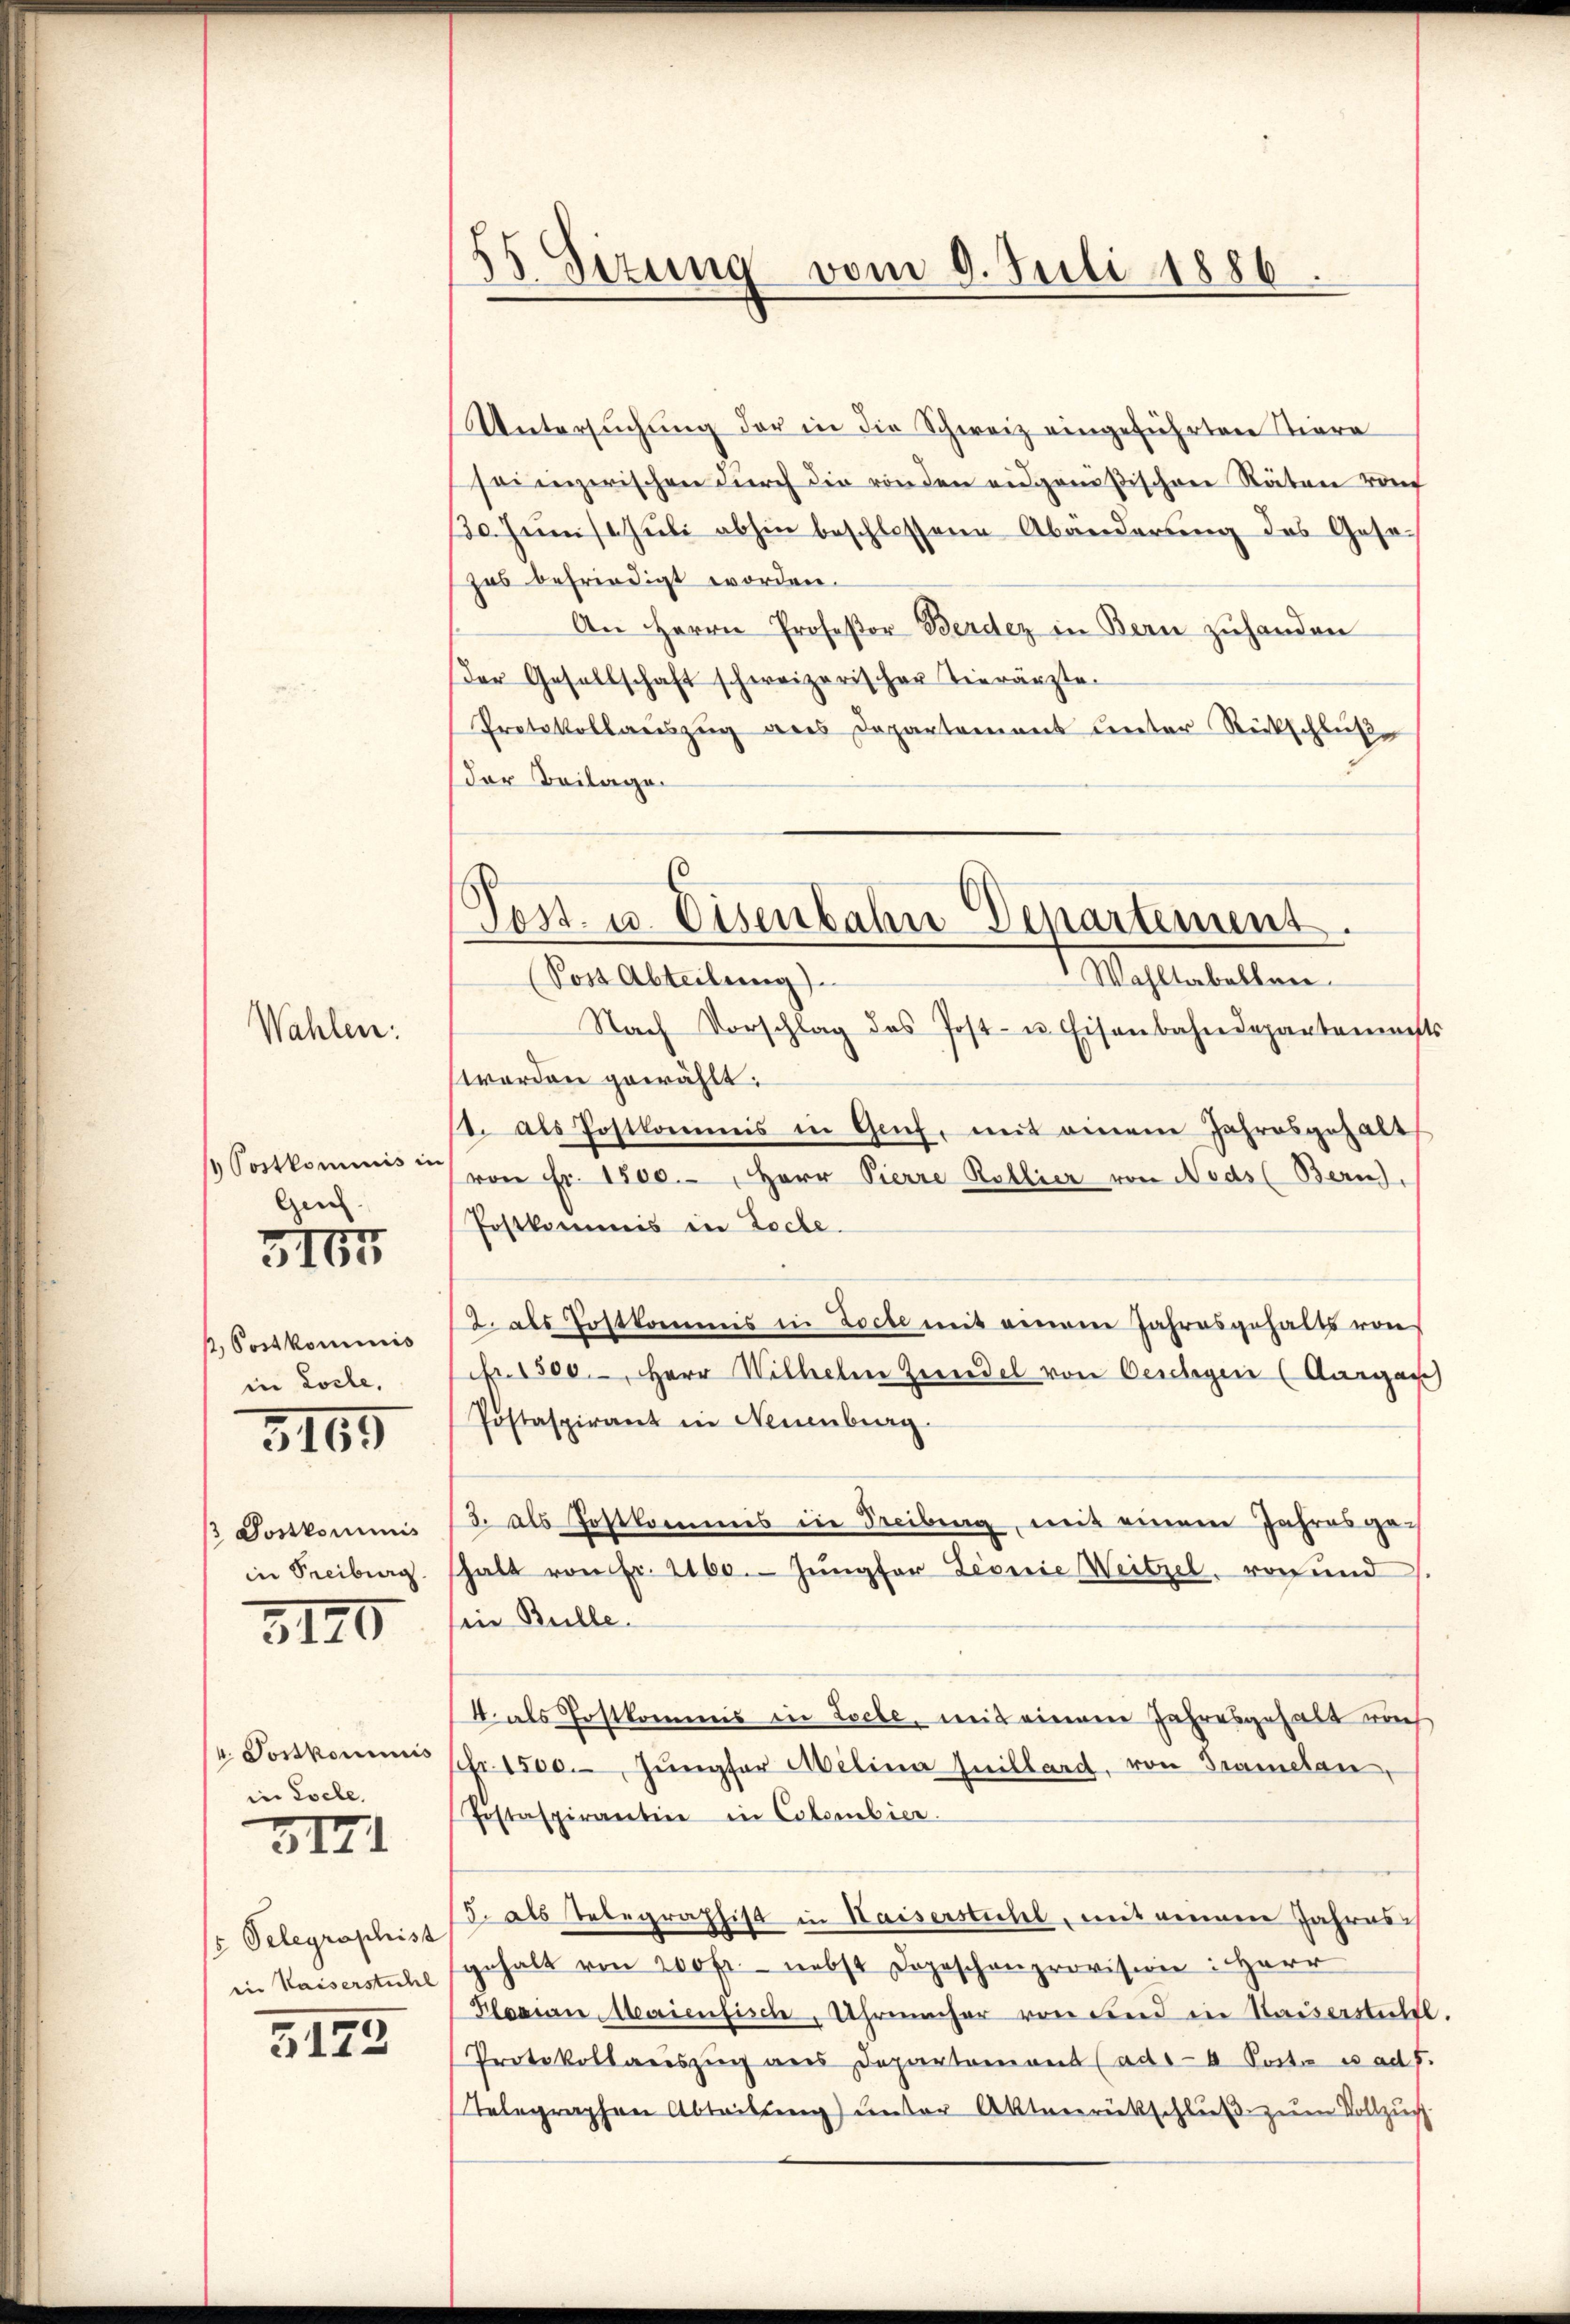
Wahlen:

Postkommnis in
Gech
3167

, Postkominis
in Loche.

3165

Doskommnis
in Freiburg

3170

4. Postkommis
in Loche

3II

15 Gelegraphist
in Kaiserstühl

5122

55 Sizung vom 9. Juli 1886.

Untersuchung der in die Schweiz eingeführten Tiera
seizerischen durch die von den eidgenößischen Räten ruf
130. Junischŭli abhin beschlossene Abänderung des Gesezas befriedigt worden.
An Herrn Profeßor Berdez in Bern zuhanden
der Gesellschaft schweizerischer Tierärzte.
Protokollauszug aus Departement unter Rückschluße
Der Beilage.
Mastabellen
Sost Abteilung)
Nach Vorschlag des Post- u. Eisenbahndepartemacht
worden gewählt.
1. als Postkommis in Genf, mit einem Jahresgehalt
von Fr. 1800. Herr Pierre Rollier von Nods (Bern),
Postkommis in Loche.
2. als Postkommis in Loche mit einem Jahresgehalts von
Nr. 1500. Herr Wilhelm Zedel von Oerlegen (Aargau
Postaspirant in Neuenburg.
3. als Postkommis in Freibung, mit einem Jahresgehalt von Fr. 2160. Jungfer Lionie Weitzel, von und
in Bulle.
4 als Postkommis in Loche, mit einem Jahresgehalt auch
Fr. 1500. Jŭngfer Melina Guillard, von Gramelan
Postaspirantin in Colombier
5. als Telegrafsist in Waiserstuhl, mit einem Jahres
gehalt von 200 fr. nebst dageschenprovision: Herr
Florian Maienfisch, Uhrmacher von und in Kaiserstichts
Protokollauszug aus Departement (ado-4 Posta es ad 1.
Telegraphen Abteilung unter Altererückschluß zum Vollzug

Post. u. Eisenbahn Departement.